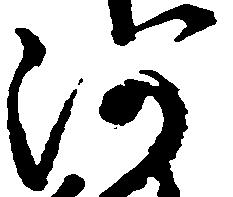
河